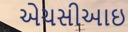
એચસીઆઇ